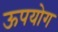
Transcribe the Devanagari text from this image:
ऊपयोग